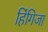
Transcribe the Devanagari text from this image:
हिंगिजा